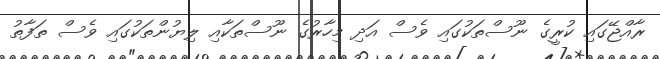
ރާއްޖޭގައި ކުރީގެ ނޫސްތަކުގައި ވެސް އަދި މިހާރުގެ ނޫސްތަކާއި ލިޔުންތަކުގައި ވެސް ތަފާތު